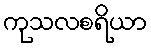
ကုသလစရိယာ